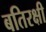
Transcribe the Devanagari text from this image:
बतिरक्षी